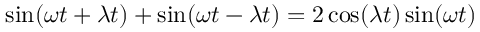
\sin ( \omega t + \lambda t ) + \sin ( \omega t - \lambda t ) = 2 \cos ( \lambda t ) \sin ( \omega t )